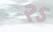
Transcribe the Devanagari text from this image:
२ऽ